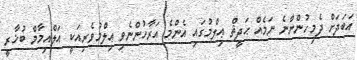
އަބަދަށް ދެމިހުންނާނެ ނަމެއް ޙަދީޘް ޢިލްމުގައި އެންމެ އަރާހުންނެވި ޢިލްމުވެރިއަކީ އަލްއިމާމް ބުޚާރީ